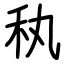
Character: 秇